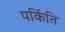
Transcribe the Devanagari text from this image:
पर्किति